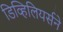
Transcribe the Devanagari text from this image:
डिव्हिलियर्सने